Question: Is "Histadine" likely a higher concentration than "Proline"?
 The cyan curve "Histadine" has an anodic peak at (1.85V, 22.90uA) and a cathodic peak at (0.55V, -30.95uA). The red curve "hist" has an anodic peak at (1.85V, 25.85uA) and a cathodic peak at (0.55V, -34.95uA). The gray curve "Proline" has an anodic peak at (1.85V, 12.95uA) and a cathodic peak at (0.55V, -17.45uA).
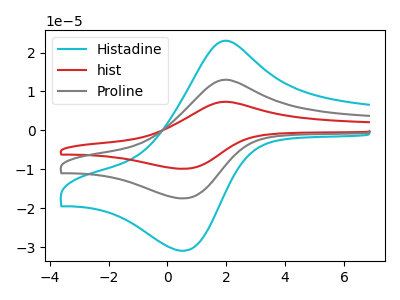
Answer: <think>All the peaks in "Histadine" have a peak in "Proline" at the same potential. Every peak in "Histadine" is higher than every peak in "Proline".
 </think>
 <answer>"Histadine" has more signal than "Proline".</answer>
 <eval>more_signal</eval>